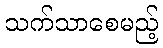
သက်သာစေမည့်